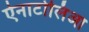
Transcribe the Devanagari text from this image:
ऐनाटोलिआ